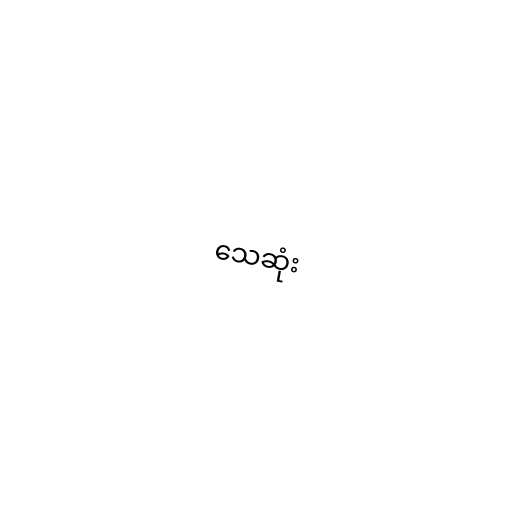
သေဆုံး